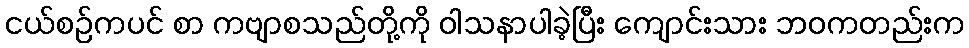
ငယ်စဉ်ကပင် စာ ကဗျာစသည်တို့ကို ဝါသနာပါခဲ့ပြီး ကျောင်းသား ဘဝကတည်းက